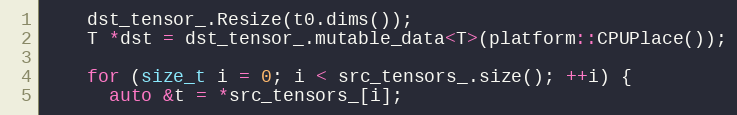
Language: C
    dst_tensor_.Resize(t0.dims());
    T *dst = dst_tensor_.mutable_data<T>(platform::CPUPlace());

    for (size_t i = 0; i < src_tensors_.size(); ++i) {
      auto &t = *src_tensors_[i];